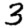
Digit: 3